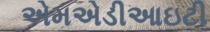
એમએડીઆઇટી